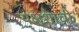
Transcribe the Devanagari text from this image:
यक्षेशाची